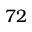
7 2